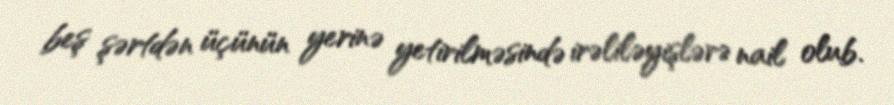
beş şərtdən üçünün yerinə yetirilməsində irəliləyişlərə nail olub.